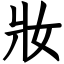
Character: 妝